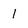
Character: I